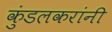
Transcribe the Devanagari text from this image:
कुंडलकरांनी